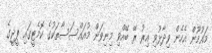
މައުމޫން އެހެން ވިދާޅުވި އިރު ރޭ ބޭއްވި މިނިވަން މުއައްސަސާތަކުގެ ކޮމެޓީގައި ޕީޖީގެ